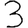
Digit: 3